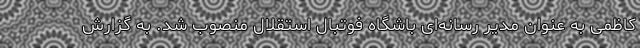
کاظمی به عنوان مدیر رسانه‌ای باشگاه فوتبال استقلال منصوب شد. به گزارش